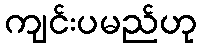
ကျင်းပမည်ဟု